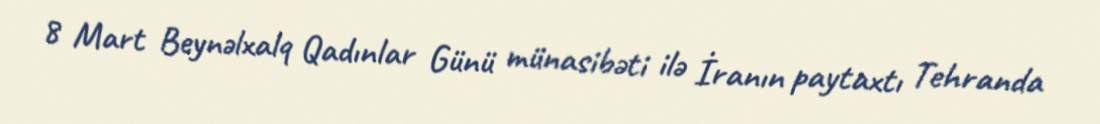
8 Mart Beynəlxalq Qadınlar Günü münasibəti ilə İranın paytaxtı Tehranda